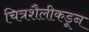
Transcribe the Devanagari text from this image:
चित्रशैलीकडून